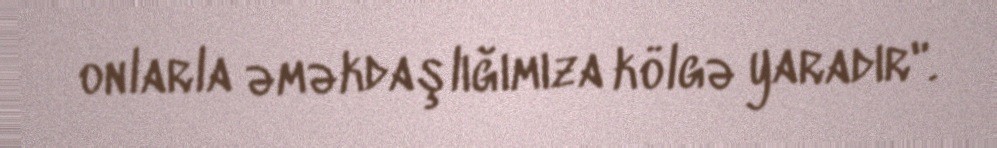
onlarla əməkdaşlığımıza kölgə yaradır".